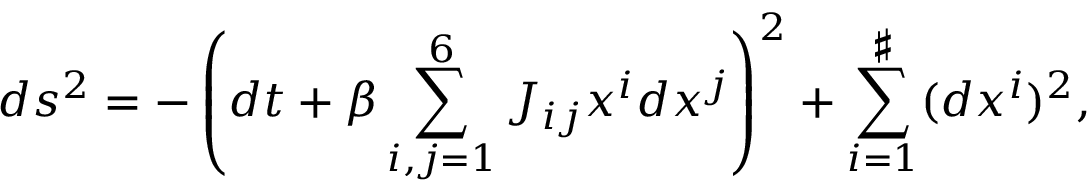
d s ^ { 2 } = - \left( d t + \beta \sum _ { i , j = 1 } ^ { 6 } J _ { i j } x ^ { i } d x ^ { j } \right) ^ { 2 } + \sum _ { i = 1 } ^ { \sharp } ( d x ^ { i } ) ^ { 2 } ,